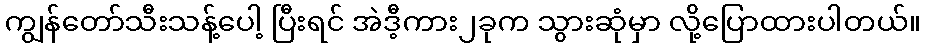
ကျွန်တော်သီးသန့်ပေါ့ ပြီးရင် အဲဒီ့ကား၂ခုက သွားဆုံမှာ လို့ပြောထားပါတယ်။